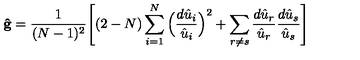
{ \bf { \hat { g } } } = \frac { 1 } { ( N - 1 ) ^ { 2 } } \Bigg [ ( 2 - N ) \sum _ { i = 1 } ^ { N } \Big ( \frac { d { \hat { u } } _ { i } } { { \hat { u } } _ { i } } \Big ) ^ { 2 } + \sum _ { r \neq s } \frac { d { \hat { u } } _ { r } } { { \hat { u } } _ { r } } \frac { d { \hat { u } } _ { s } } { { \hat { u } } _ { s } } \Bigg ]